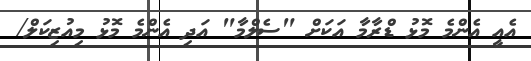
އެއީ އެންމެ މޮޅު ޑްރާމާ އަކަށް "ސެލްމާ" އަދި އެންމެ މޮޅު މިއުޒިކަލް/